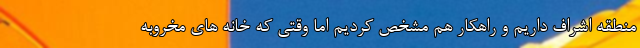
منطقه اشراف داریم و راهکار هم مشخص کردیم اما وقتی که خانه های مخروبه